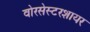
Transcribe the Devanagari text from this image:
वोरसेस्टरशायर